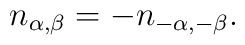
n_{\alpha, \beta} = - n_{-\alpha, -\beta}.